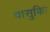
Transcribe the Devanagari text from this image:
वासुकिः